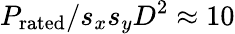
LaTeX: P_{\mathrm{rated}}/s_{x}s_{y}D^{2}\approx 10